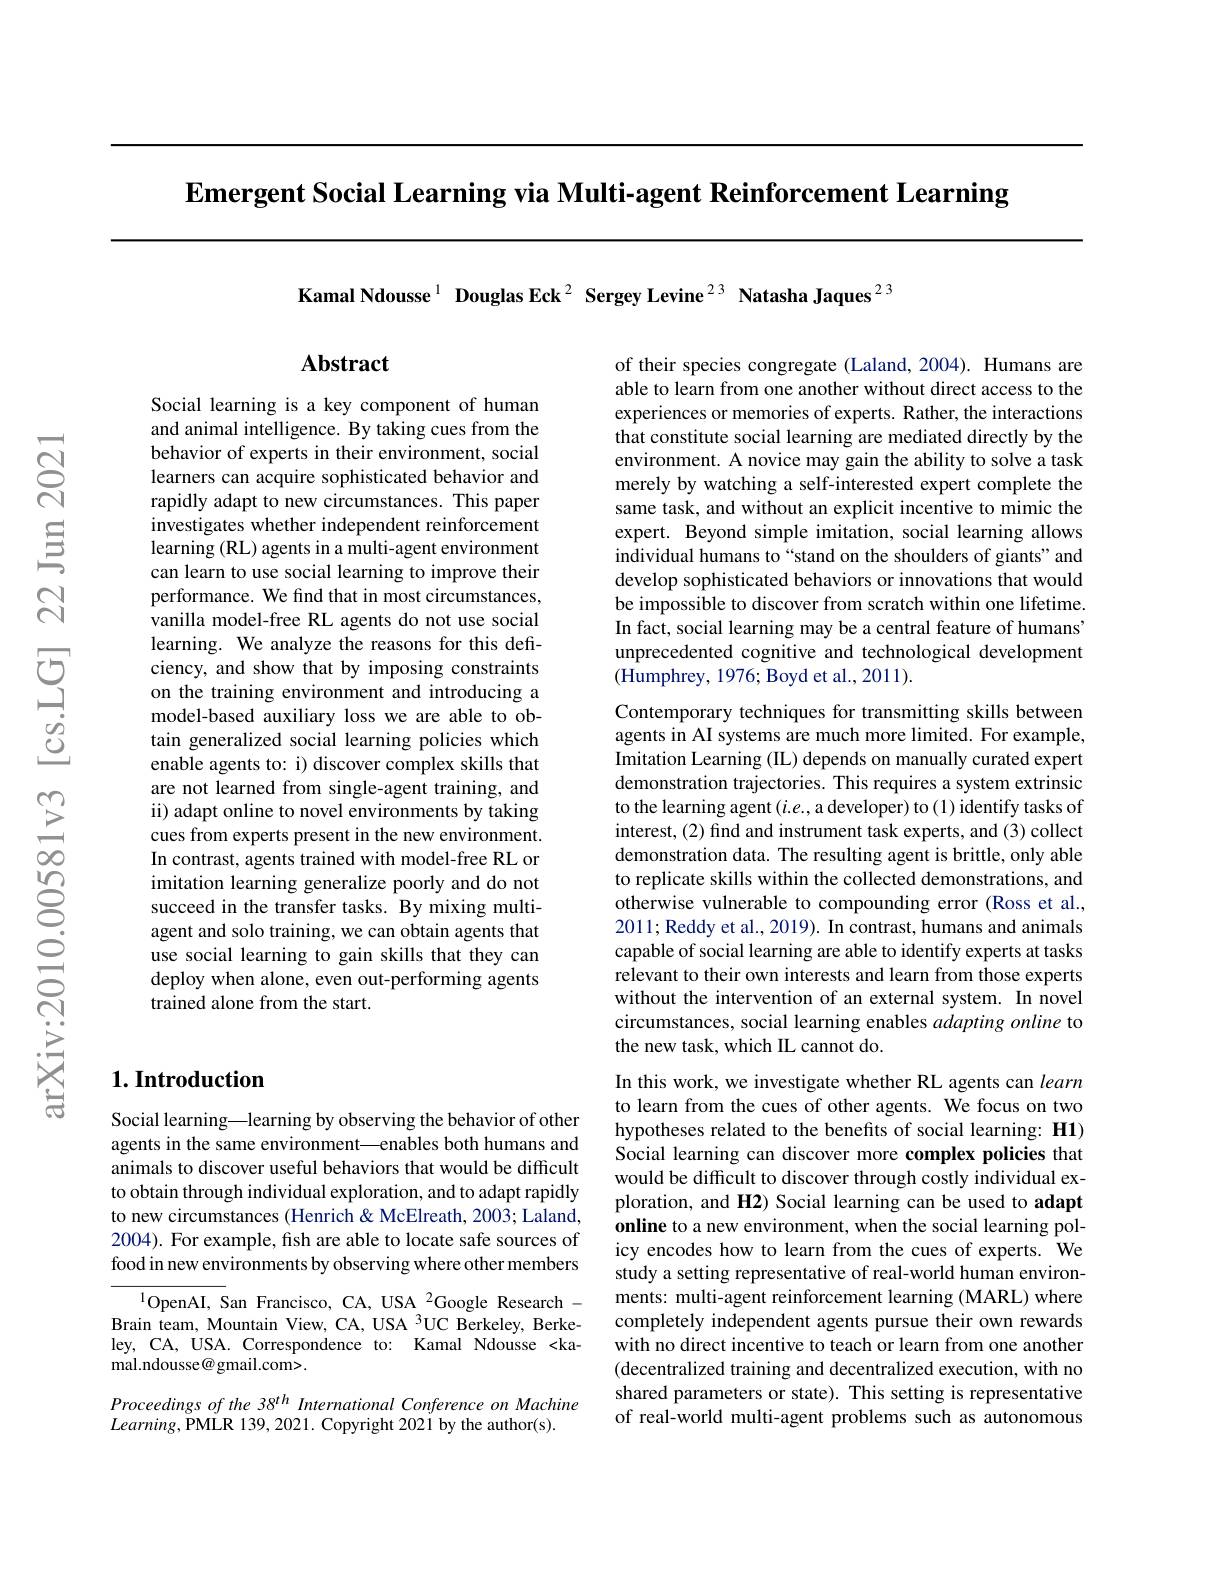
$\textbf{Emergent Social Learning via Multi- agent Reinforcement Learning}$

Kamal Ndousse $^{1}$ Douglas Eck$^{2}$ Sergey Levine$^{23}$ Natasha Jaques$^{23}$

## Abstract

of their species congregate (Laland,2004). Humans are able to learn from one another without direct access to the experiences or memories of experts. Rather, the interactions that constitute social learning are mediated directly by the environment. A novice may gain the ability to solve a task merely by watching a self-interested expert complete the same task, and without an explicit incentive to mimic the expert. Beyond simple imitation, social learning allows individual humans to“stand on the shoulders of giants”and develop sophisticated behaviors or innovations that would be impossible to discover from scratch within one lifetime. In fact, social learning may be a central feature of humans' unprecedented cognitive and technological development (Humphrey, 1976; Boyd et al., 2011).

Social learning is a key component of human and animal intelligence. By taking cues from the behavior of experts in their environment, social learners can acquire sophisticated behavior and rapidly adapt to new circumstances. This paper investigates whether independent reinforcement learning (RL) agents in a multi-agent environment can learn to use social learning to improve their performance. We find that in most circumstances, vanilla model-free RL agents do not use social learning. We analyze the reasons for this deficiency, and show that by imposing constraints on the training environment and introducing a model-based auxiliary loss we are able to obtain generalized social learning policies which enable agents to: i) discover complex skills that are not learned from single-agent training, and ii) adapt online to novel environments by taking cues from experts present in the new environment. In contrast, agents trained with model-free RL or imitation learning generalize poorly and do not succeed in the transfer tasks. By mixing multiagent and solo training, we can obtain agents that use social learning to gain skills that they can deploy when alone, even out-performing agents trained alone from the start.

## $1. \textbf{Introduction}$

Social learning\_learning by observing the behavior of other agents in the same environment—enables both humans and animals to discover useful behaviors that would be difficult to obtain through individual exploration, and to adapt rapidly to new circumstances (Henrich & McElreath, 2003; Laland, 2004). For example, fish are able to locate safe sources of food in new environments by observing where other members

$^{1}$OpenAI, San Francisco, CA, USA 2Google Research - Brain team, Mountain View, CA, USA 3UC Berkeley, Berke- ley, CA, USA. Correspondence to: Kamal Ndousse <ka- ${\mathrm{mal.ndousse@gmail.com>}}.$

Proceedings of the 38$^{th}$ International Conference on Machine
$Learning$,PMLR 139, 2021. Copyright 2021 by the author(s).

Contemporary techniques for transmitting skills between agents in AI systems are much more limited. For example, Imitation Learning (IL) depends on manually curated expert demonstration trajectories. This requires a system extrinsic to the learning agent $(i.e.$,a developer) to (1) identify tasks of interest, (2) find and instrument task experts, and (3) collect demonstration data. The resulting agent is brittle, only able to replicate skills within the collected demonstrations, and otherwise vulnerable to compounding error (Ross et al., 2011; Reddy et al., 2019). In contrast, humans and animals capable of social learning are able to identify experts at tasks relevant to their own interests and learn from those experts without the intervention of an external system. In novel circumstances, social learning enables adapting online to the new task, which IL cannot do.
In this work, we investigate whether RL agents can learn

to learn from the cues of other agents. We focus on two hypotheses related to the benefits of social learning: H1) Social learning can discover more complex policies that would be difficult to discover through costly individual exploration, and H2) Social learning can be used to adapt online to a new environment, when the social learning policy encodes how to learn from the cues of experts. We study a setting representative of real-world human environments: multi-agent reinforcement learning (MARL) where completely independent agents pursue their own rewards with no direct incentive to teach or learn from one another (decentralized training and decentralized execution, with no shared parameters or state). This setting is representative of real-world multi-agent problems such as autonomous